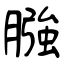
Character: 膙